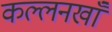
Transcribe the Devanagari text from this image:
कल्लनखाँ